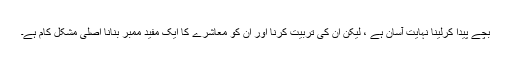
بچے پیدا کرلینا نہایت آسان ہے ، لیکن ان کی تربیت کرنا اور ان کو معاشرے کا ایک مفید ممبر بنانا اصلی مشکل کام ہے۔